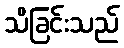
သိခြင်းသည်